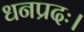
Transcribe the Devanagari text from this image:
धनप्रदः।